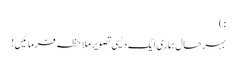
: )
بہرحال ہماری ایک دیسی تصویر ملاحظہ فرمائیں!